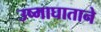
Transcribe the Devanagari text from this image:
उष्माघाताने